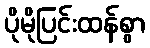
ပိုမိုပြင်းထန်စွာ